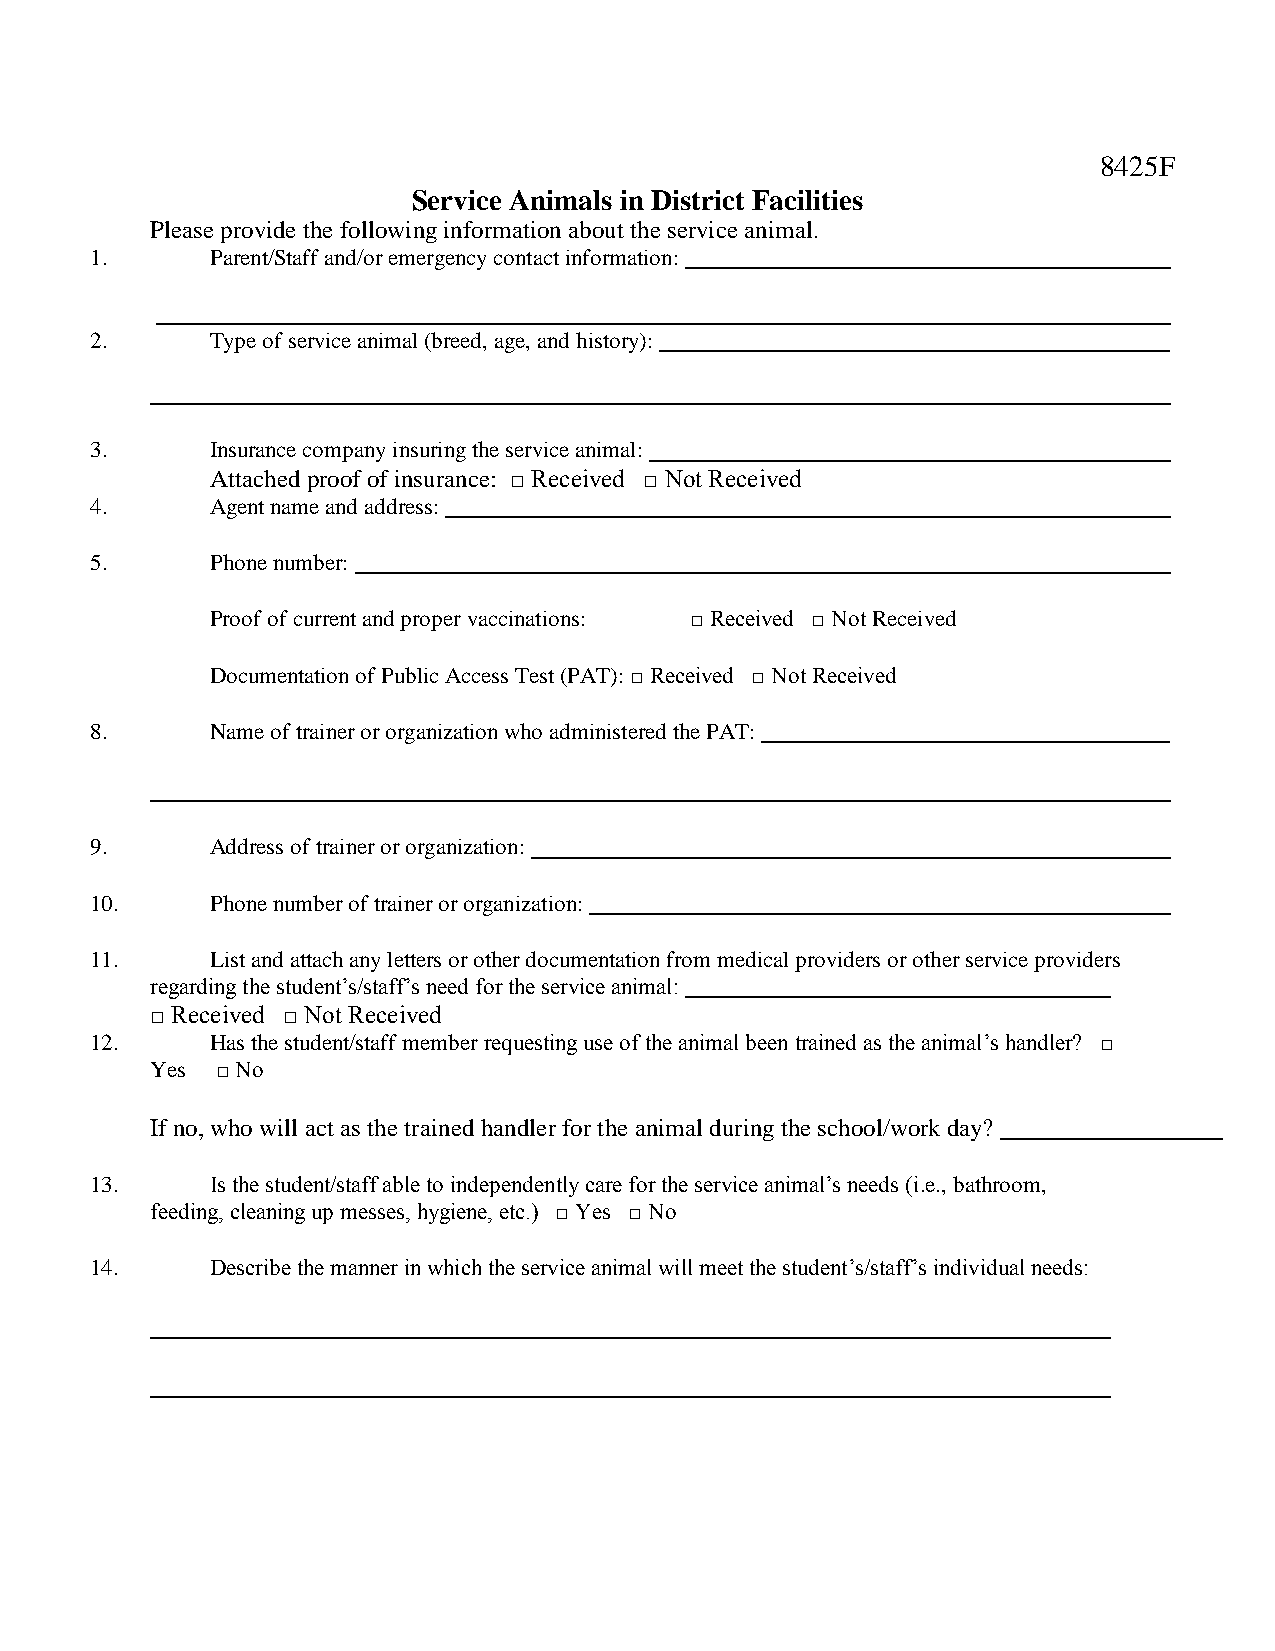
8425F
 Service Animals in District Facilities
 Please provide the following information about the service animal.
 1.      Parent/Staff and/or emergency contact information:
 2.      Type of service animal (breed, age, and history):
 3.      Insurance company insuring the service animal:
 Attached proof of insurance: □ Received □ Not Received
 4.      Agent name and address:
 5.      Phone number:
 6.            Proof of current and proper vaccinations: □ Received □ Not Received
 7.            Documentation of Public Access Test (PAT): □ Received □ Not Received
 8.      Name of trainer or organization who administered the PAT:
 9.      Address of trainer or organization:
 10.     Phone number of trainer or organization:
 11.     List and attach any letters or other documentation from medical providers or other service providers
 regarding the student’s/staff’s need for the service animal:
 □ Received □ Not Received
 12.     Has the student/staff member requesting use of the animal been trained as the animal’s handler? □
 Yes □ No
 If no, who will act as the trained handler for the animal during the school/work day?
 13.     Is the student/staff able to independently care for the service animal’s needs (i.e., bathroom,
 feeding, cleaning up messes, hygiene, etc.) □ Yes □ No
 14.     Describe the manner in which the service animal will meet the student’s/staff’s individual needs: